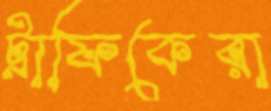
ট্রাফিকেরা